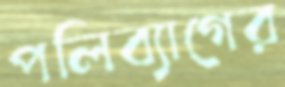
পলিব্যাগের